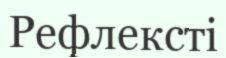
Рефлексті